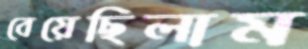
বেয়েছিলাম